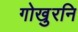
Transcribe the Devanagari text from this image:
गोखुरनि